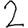
Digit: 2